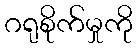
ဂရုစိုက်မှုကို